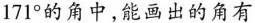
171°的角中，能画出的角有